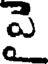
వై